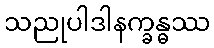
သညုပါဒါနက္ခန္ဓဿ